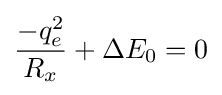
{\frac {-q_{e}^{2}}{R_{x}}}+\Delta E_{0}=0